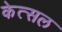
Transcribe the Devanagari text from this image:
केत्सल